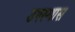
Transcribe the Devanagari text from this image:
उपस्थास